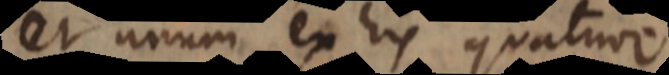
esse unum ex his quatuor